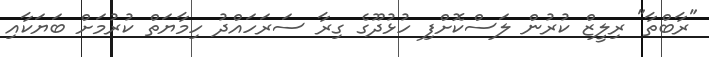
"ރާބްތާ" ރިލީޒް ކުރުން ލަސްކޮށްފި ހުޅުދޫގެ ގިރާ ސަރަހައްދު ހިމާޔަތް ކުރުމަށް ބަޔަކާއި